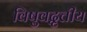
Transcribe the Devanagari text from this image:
विषुवद्वृत्तीय